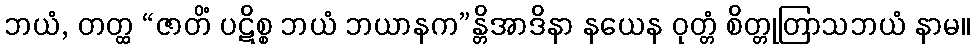
ဘယံ, တတ္ထ “ဇာတိံ ပဋိစ္စ ဘယံ ဘယာနက”န္တိအာဒိနာ နယေန ဝုတ္တံ စိတ္တုတြာသဘယံ နာမ။